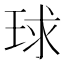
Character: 球